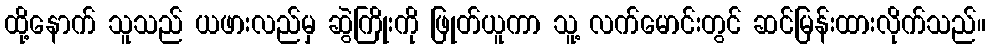
ထို့နောက် သူသည် ယဖားလည်မှ ဆွဲကြိုးကို ဖြုတ်ယူကာ သူ့ လက်မောင်းတွင် ဆင်မြန်းထားလိုက်သည်။